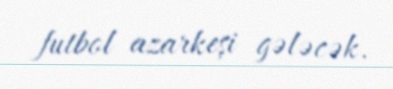
futbol azarkeşi gələcək.